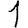
Digit: 1